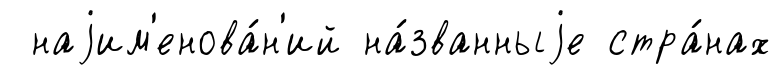
наjим'енова́н'ий на́званныjе стра́нах